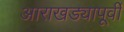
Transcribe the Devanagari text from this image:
आराखड्यापूर्वी